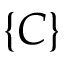
\{ C \}